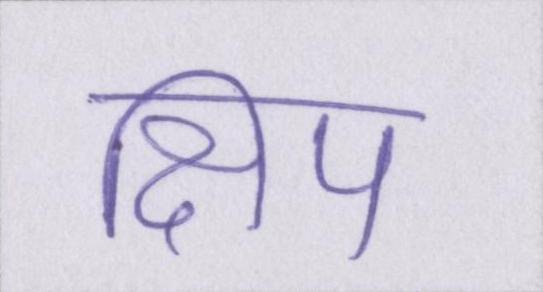
क्षिप